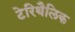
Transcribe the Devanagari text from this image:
टेरिथैलिक